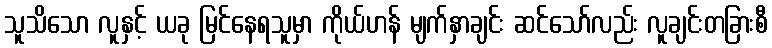
သူသိသော လူနှင့် ယခု မြင်နေရသူမှာ ကိုယ်ဟန် မျက်နှာချင်း ဆင်သော်လည်း လူချင်းတခြားစီ